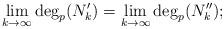
LaTeX: \begin{align*}\lim_{k\to\infty}\deg_p(N_k')=\lim_{k\to\infty}\deg_p(N_k'');\end{align*}